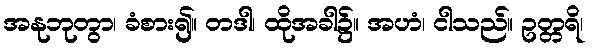
အနုဘုတွာ၊ ခံစား၍။ တဒါ၊ ထိုအခါ၌။ အဟံ၊ ငါသည်။ ဥတ္တရိ၊